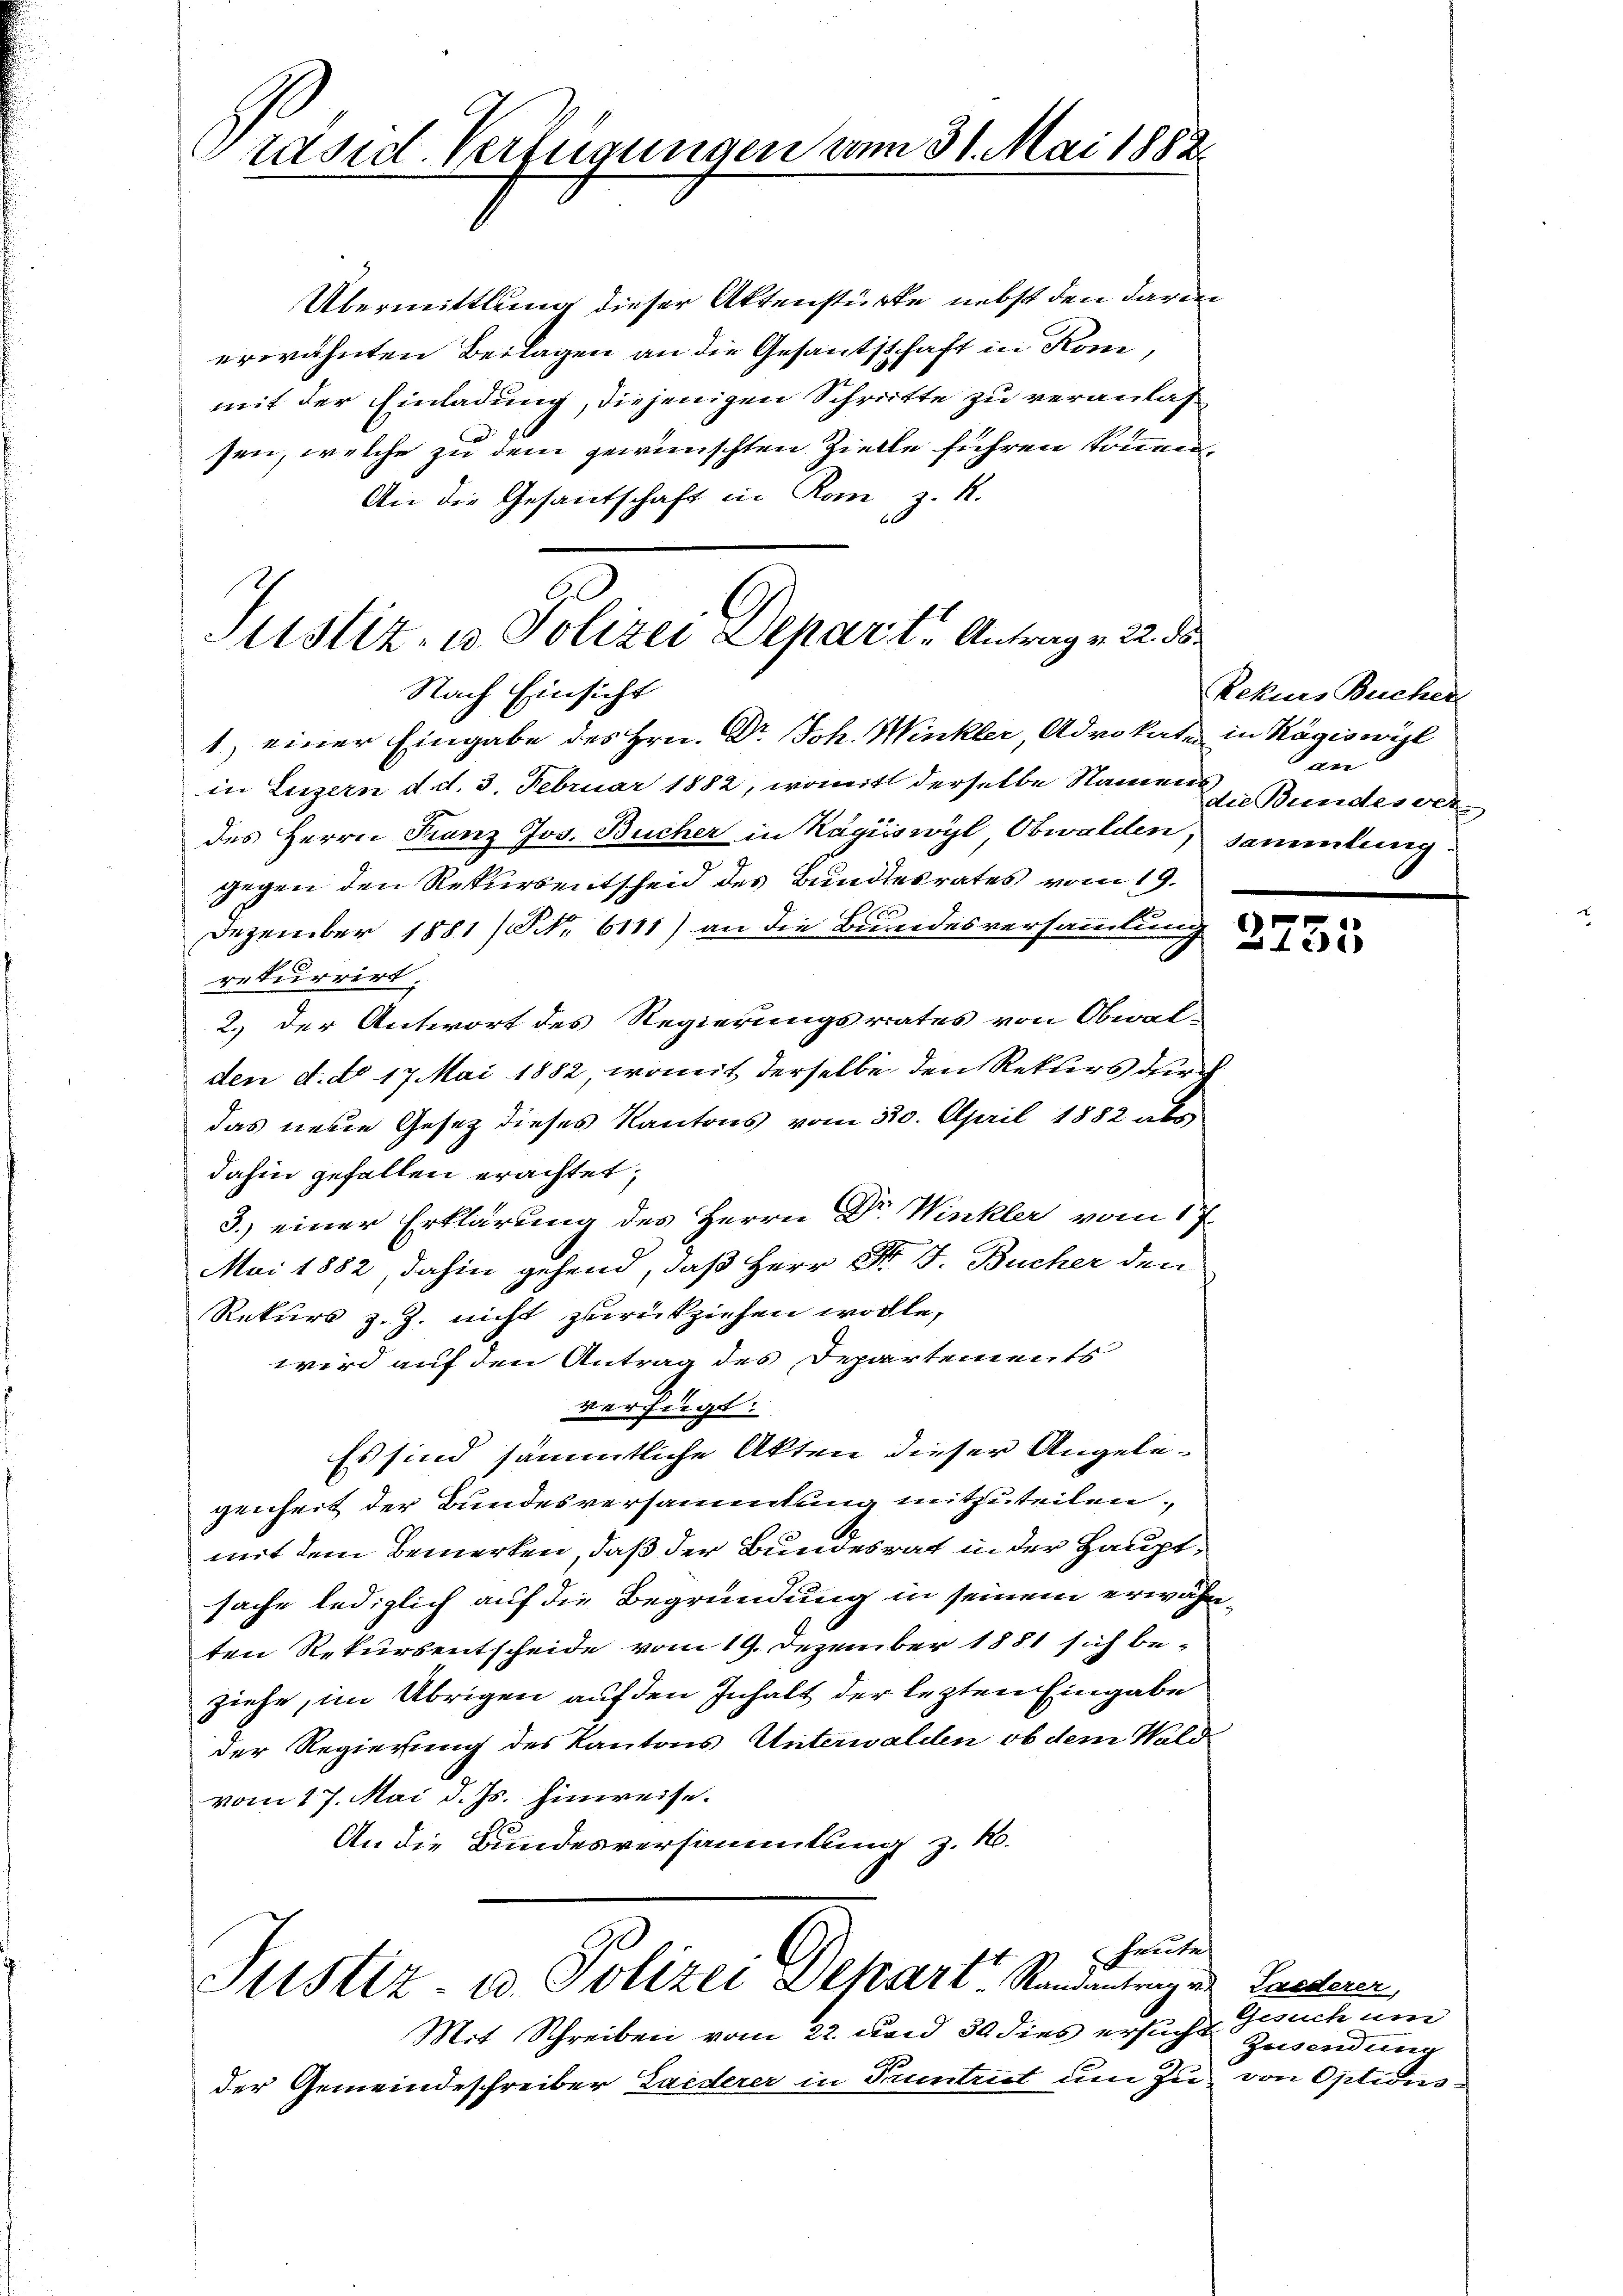
Präsid. Verfügungen vom 31. Mai 1882

Übermittlung dieser Aktenstücke nebst den darin
erwähnten Beilagen an die Gesantschaft in Rom,
mit der Einladung, diejenigen Schritte zu veranlassen, welche zu dem gewünschten Zielle führen können,
An die Gesandschaft in Rom z. K.

Justiz- u. Polizei Departe Antrag v. 22.
Nach Einsicht

heute.
Justiz- u. Polizei Depart Randantrag v

Mit Schreiben vom 22. und 30 dies ersucht
der Gemeindeschreiber Landerer in Truntrut um zu von Options-

1, einer Eingabe des Hrn. Dr Joh. Winkler, Advokate in Kägiswil
in Luzern d. d. 3. Februar 1882, womit derselbe Nament
des Herrn Franz Jos. Bücher in Kägiiswyl Obwalden, sammlung
gegen den Rekursentscheid des Bundesrates vom 19.
Dezember 1881 / Nr. 6111) an die Bundesversammlung
rekurrirt.
2.) der Antwort des Regierungsrates von Obwalden d. do 17 Mai 1882, womit derselbe den Rekurs durch
das neue Gesetz dieses Kantons vom 320. April 1882 abs
dahin gefallen erachtet,
3.) einer Erklärung des Herrn Dr. Winkler vom 17.
Mai 1882 dahin gehend, daß Herr Dr. J. Bücher den
Rekurs z. Z. nicht zurückziehen wolle,
wird auf den Antrag des Departements
verfügt:
Es sind sämmtliche Akten dieser Angelegenheit der Bundesversammlung mitzuteilen,
mit dem Bemerken, daß der Bundesrat in der Hauptsache lediglich auf die Begründung in seinem erwähnten Rekursentscheide vom 19. Dezember 1881 sich be-
ziehe, im Übrigen auf den Inhalt der lezten Eingabe
der Regierung des Kantons Unterwalden, ob dem Wald
vom 17. Mai d. Js. hinweise.
An die Bundesversammlung z. R.

Rekurs Bucher
an
die Bundesver

2755

Landerer,
Gesuch um
Zusendung